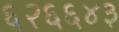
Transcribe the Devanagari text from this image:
६२६६४३